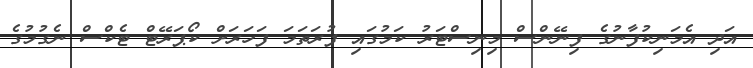
އަދި އެމަނިކުފާނުގެ ފިނޭންސް މިނިސްޓަރު ކަމުގައި ފުރަތަމަ ފަހަރަށް ކޯޕަރޭޓް ޓެކްސް ނެގުމުގެ